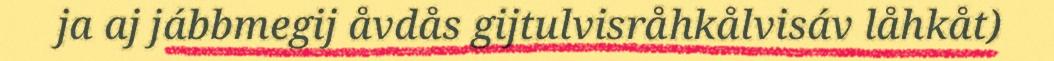
ja aj jábbmegij åvdås gijtulvisråhkålvisáv låhkåt)